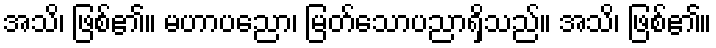
အသိ၊ ဖြစ်၏။ မဟာပညော၊ မြတ်သောပညာရှိသည်။ အသိ၊ ဖြစ်၏။